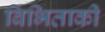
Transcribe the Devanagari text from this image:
बिभिताकी